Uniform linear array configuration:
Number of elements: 64
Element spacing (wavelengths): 0.5
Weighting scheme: binomial
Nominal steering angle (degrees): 60
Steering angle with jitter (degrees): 58.088
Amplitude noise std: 0.05
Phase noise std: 0.05

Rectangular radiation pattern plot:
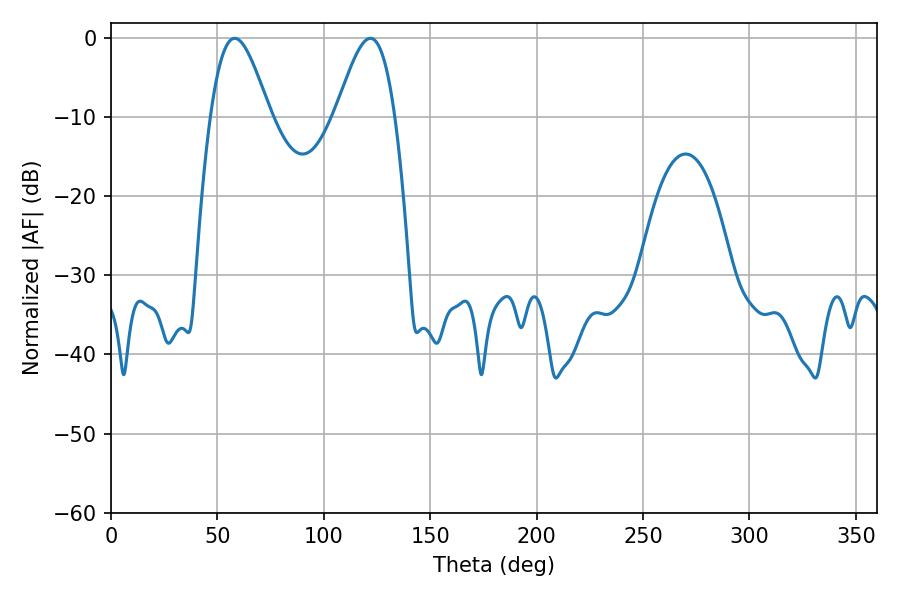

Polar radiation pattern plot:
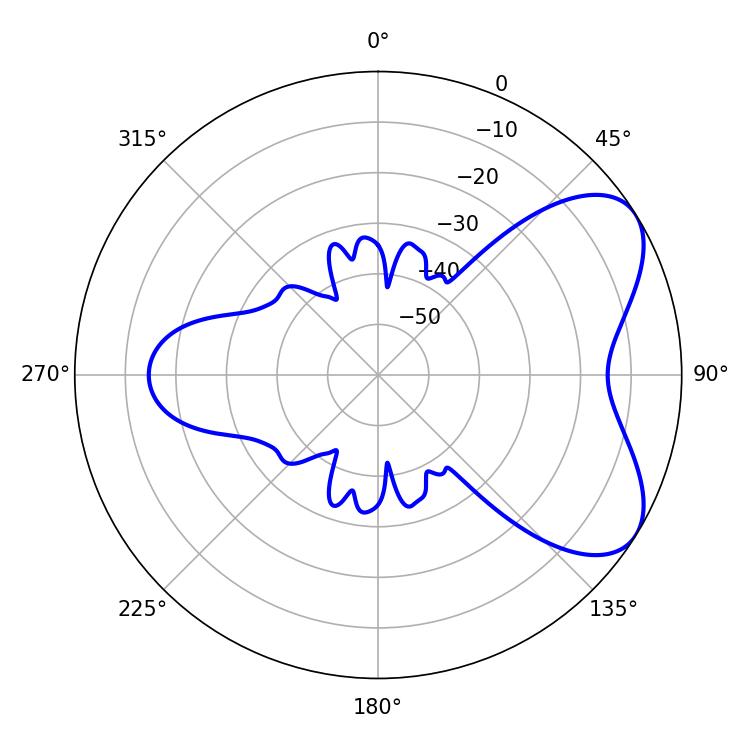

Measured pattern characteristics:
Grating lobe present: FALSE
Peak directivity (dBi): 6.072
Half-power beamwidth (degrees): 14.94
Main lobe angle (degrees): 58.14